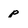
Character: p